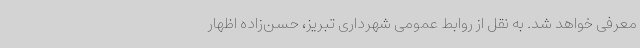
معرفی خواهد شد. به نقل از روابط عمومی شهرداری تبریز، حسن‌زاده اظهار